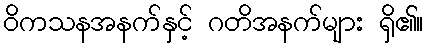
ဝိကသနအနက်နှင့် ဂတိအနက်များ ရှိ၏။